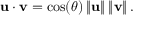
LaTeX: \mathbf { u } \cdot \mathbf { v } = \cos ( \theta ) \left\| \mathbf { u } \right\| \left\| \mathbf { v } \right\| .